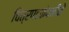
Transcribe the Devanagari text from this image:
चित्रपटकंपनीने